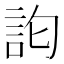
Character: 𮗽